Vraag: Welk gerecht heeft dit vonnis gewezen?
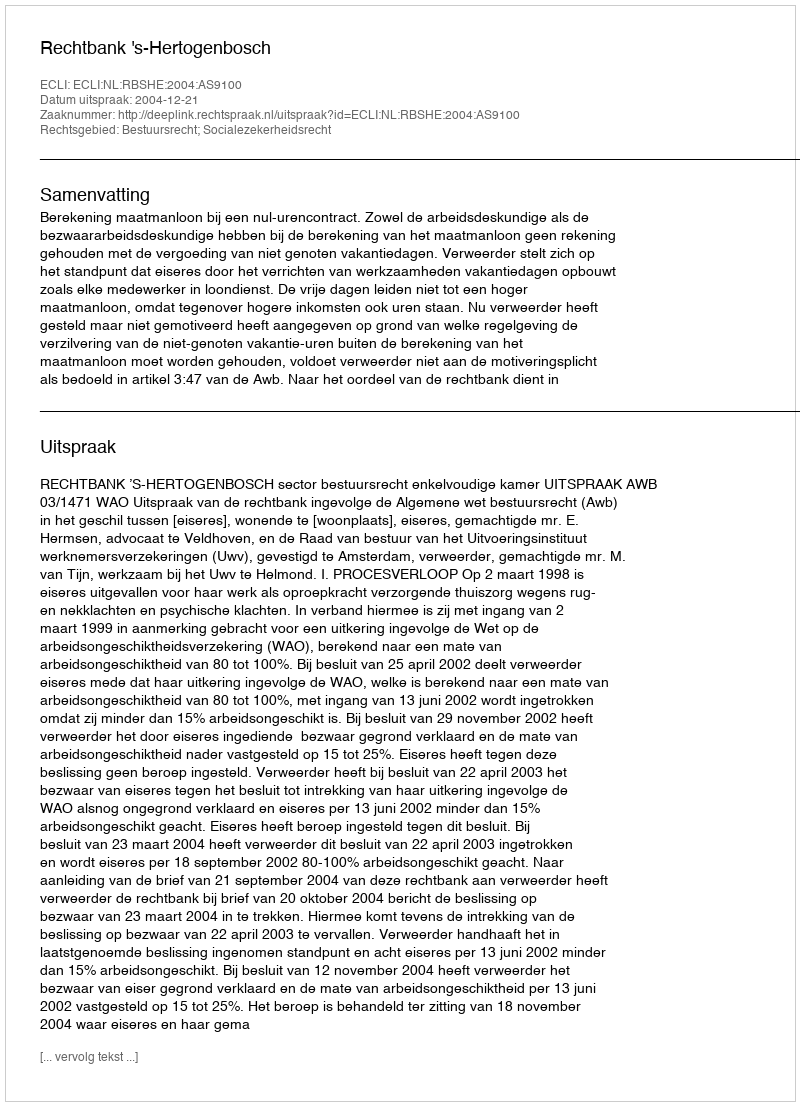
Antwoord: Rechtbank 's-Hertogenbosch